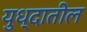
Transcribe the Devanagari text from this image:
युध्दातील